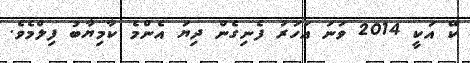
ކޭ އަކީ 2014 ވަނަ އަހަރު ފެނިގެން ދިޔަ އެންމެ ކާމިޔާބު ފިލްމެވެ.